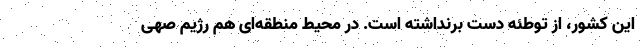
این کشور، از توطئه دست برنداشته است. در محیط منطقه‌ای هم رژیم صهی